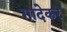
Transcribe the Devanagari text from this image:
गादेकर